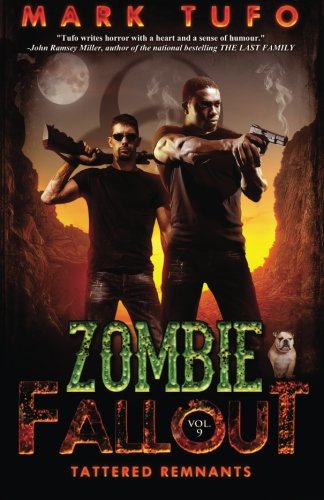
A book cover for Zombie Fallout 9: Tattered Remnants (Volume 9); Mark Tufo; Science Fiction & Fantasy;